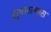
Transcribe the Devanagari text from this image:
सुधारल्यास